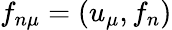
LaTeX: f_{n\mu}=(u_{\mu},f_{n})